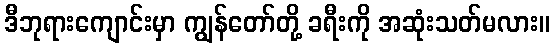
ဒီဘုရားကျောင်းမှာ ကျွန်တော်တို့ ခရီးကို အဆုံးသတ်မလား။